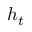
h _ { t }